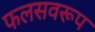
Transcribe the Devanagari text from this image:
फलसवरूप